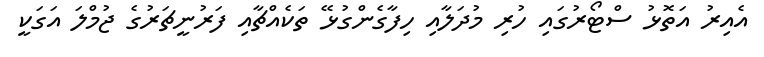
އެއިރު އަތޮޅު ސްޓޯރުގައި ހުރި މުދަލާއި ހިފާގެންގުޅޭ ތަކެއްޗާއި ފަރުނީޗަރުގެ ޖުމްލަ އަގަކީ